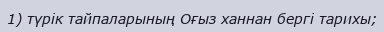
1) түрік тайпаларының Оғыз ханнан бергі тарихы;